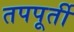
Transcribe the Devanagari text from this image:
तपपूर्ती